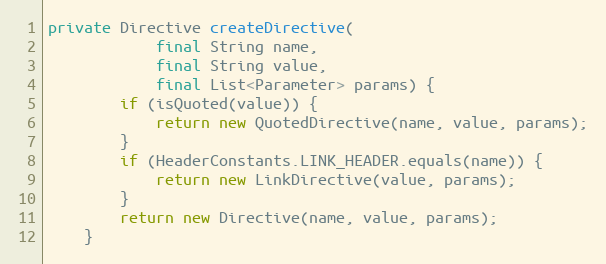
Language: Java
private Directive createDirective(
            final String name,
            final String value,
            final List<Parameter> params) {
        if (isQuoted(value)) {
            return new QuotedDirective(name, value, params);
        }
        if (HeaderConstants.LINK_HEADER.equals(name)) {
            return new LinkDirective(value, params);
        }
        return new Directive(name, value, params);
    }